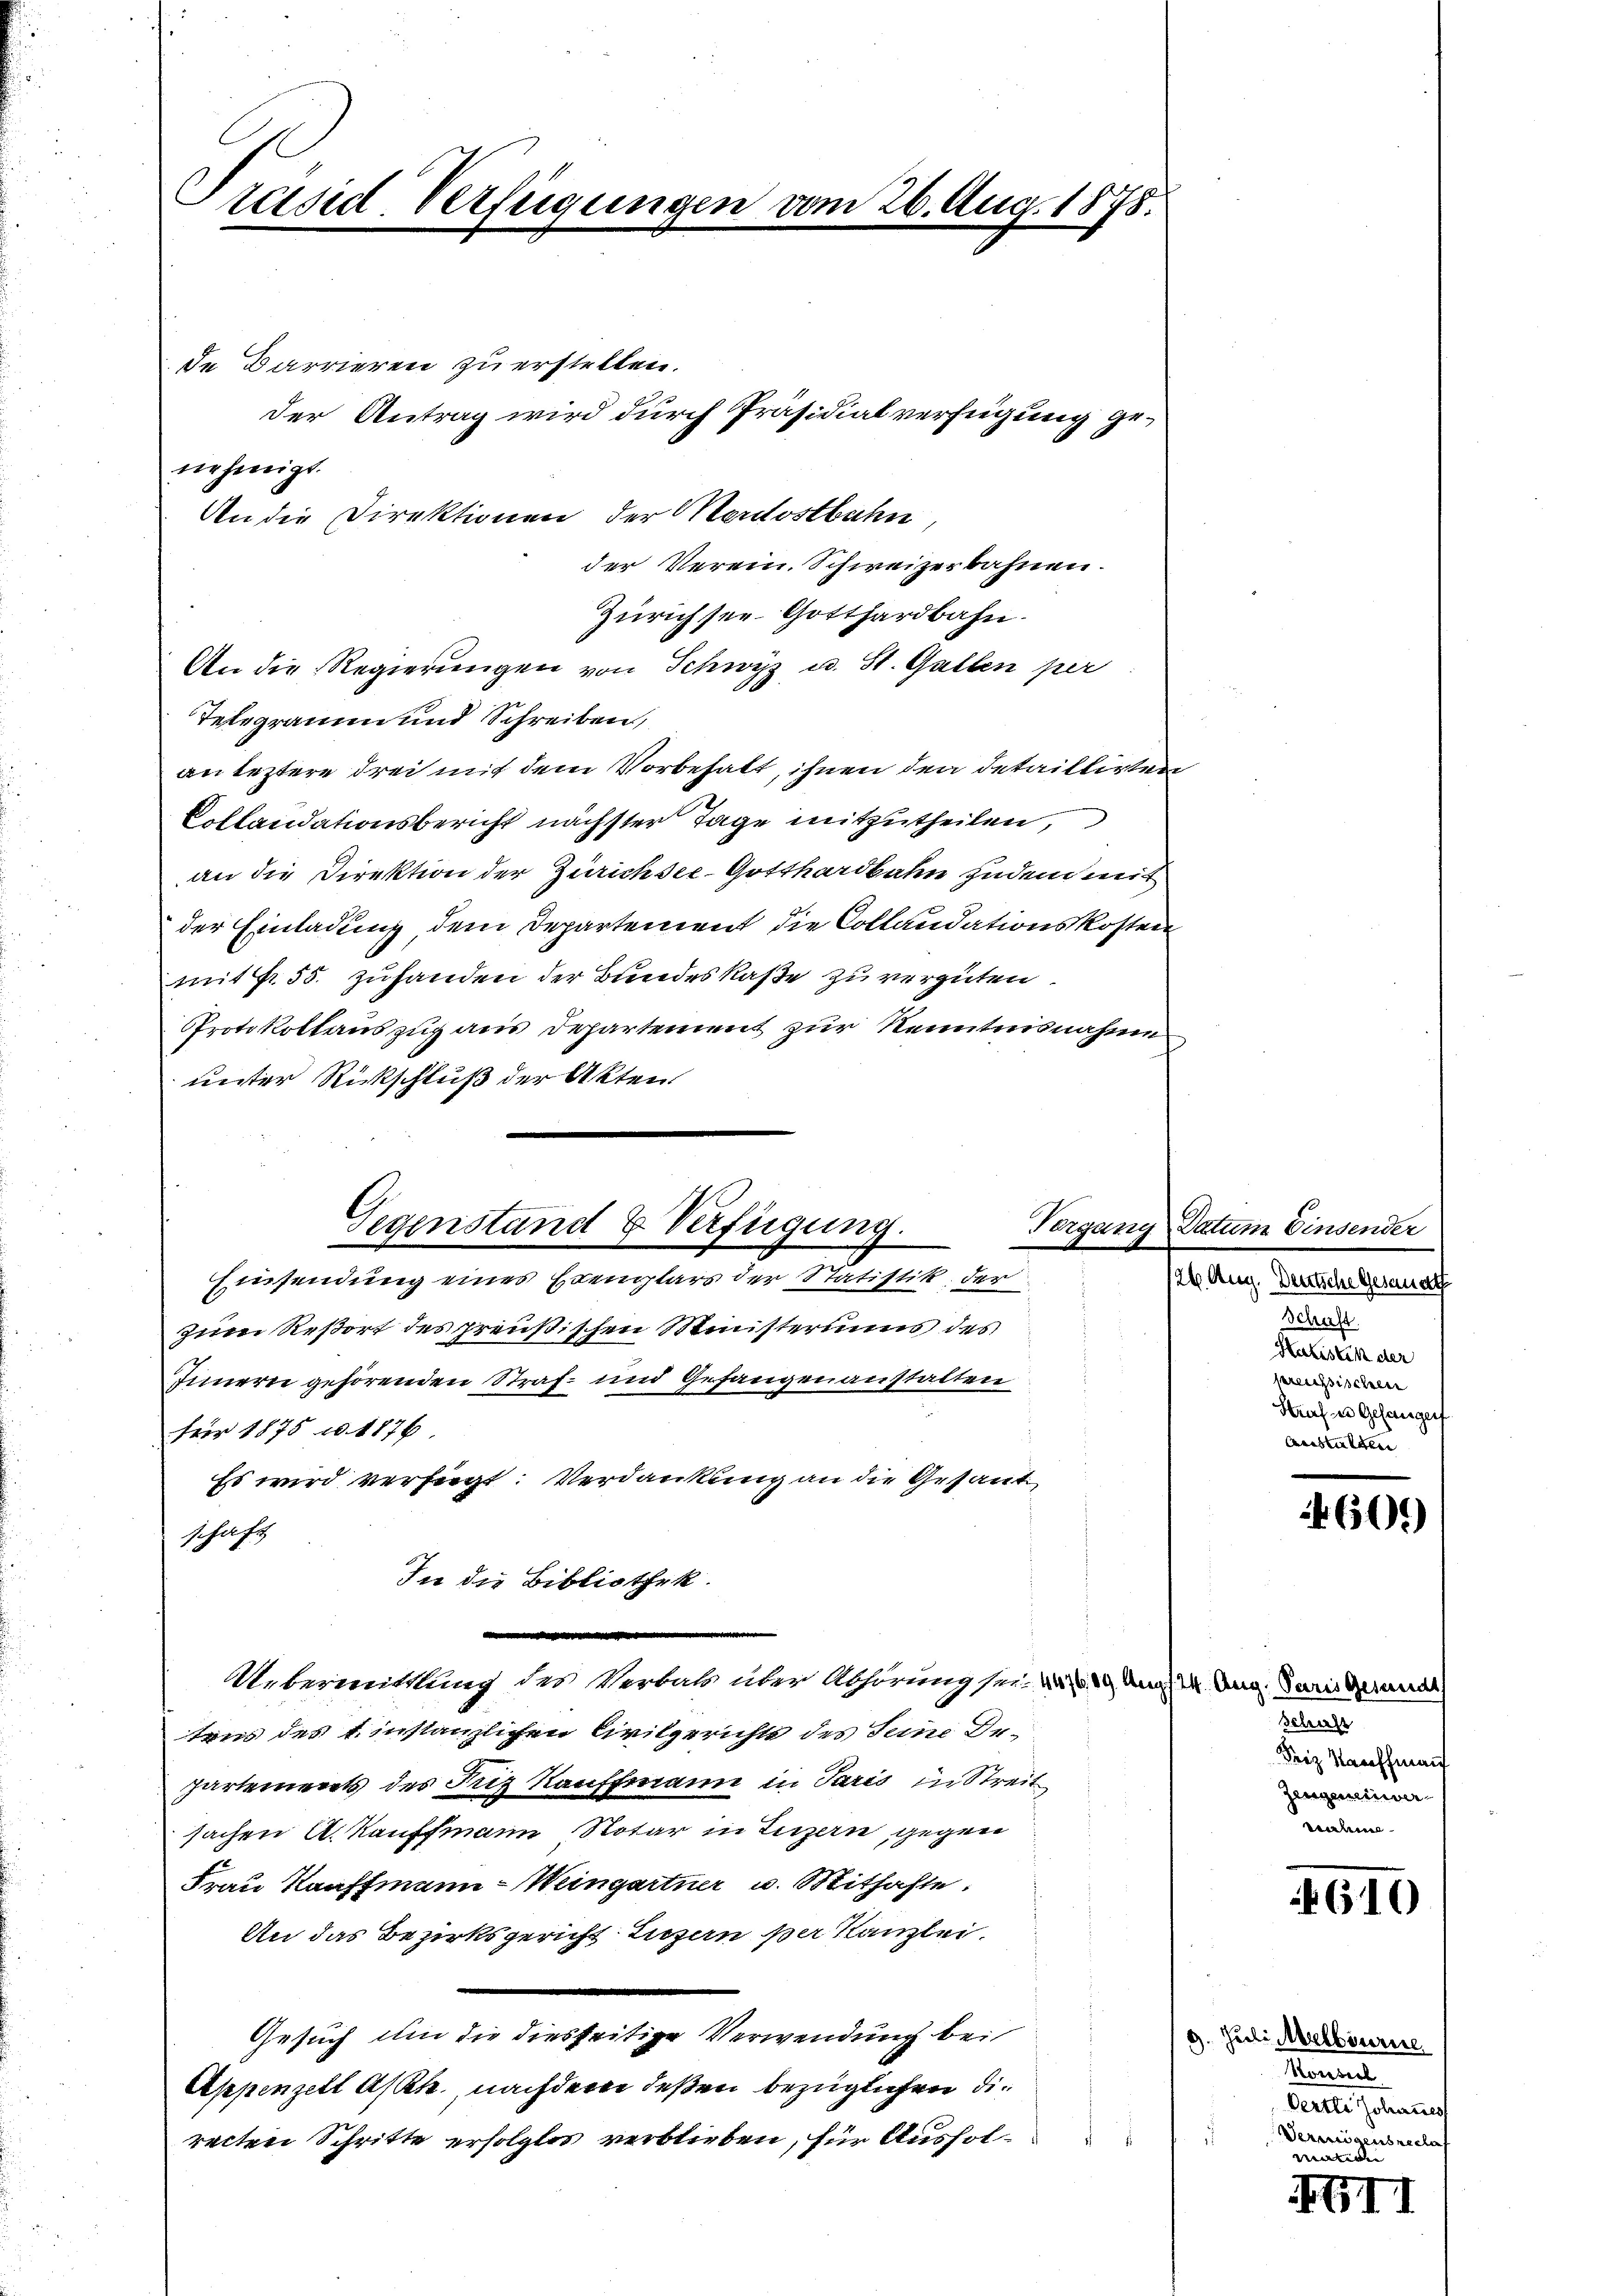
Präsid Verfügungen vom 26. Aug. 1878.

nehmigt.

de Darrieren zu erstellen.
der Antrag wird durch Präsidialverfügung ge¬
An die Direktionen der Mordostbahn,
der Verein. Schweizerbahnen.
Zürichsee Gotthardbahn.
An die Regierungen von Schwyz u. St. Gallen per
Telegramm und Schreiben,
an leztere drei mit dem Vorbehalt, ihnen den detaillirten
Collaudationsbericht nächster Tage mitzutheilen,
an die Direktion der Zürichsee-Gotthardbahn zudem mit
der Einladung, dem Departement die Collandationskosten
mit Nr. 55. zufanden der Bundeskaße zu vergüten.
Protokollauszug aus Departement zur Nenntnisnahme
unter Rückschluß der Akten.
zum Resort des preußischen Ministeriums des
Innern gehörenden Straf- und Gefangenanstalten
für 1875 u. 1876
Es wird verfügt: Verdankung an die Gesant
schaft
In die Bibliothek.
g
Uebermittlung des Verbals über Abhörung sei. N. 119 Aug. 24. Aug. Paris Gesandt
tens des einstanzlichen Civilgerichts des Seine Departements des Friz Kauffmann in Paris in Streit
sachen A. Kauffmann Notar in Luzern, gegen
Frau Kauffmann - Weingartner u. Mithafte
An das Bezirksgericht Luzern per Kanzlei.
Gesuch ihm die diesseitige Verwendung bei
Appenzell Assek, nachdem deßen bezüglichen die
d
recten Schritte erfolglos verblieben, für Ausfol¬

Gegenstand & Verfügung.
Einsendung eines Exemplars der Statistik der

Tergang Datum Einsender
setten Feuerungsrat
Schaft
Halistik der
sreichsischen
Straf es Gesangen
Anstalten

60.)

Schaft
Friz Kauffmann
Zeugenier
beam

610

9. Juli Melbourire
Ramel
Oertli Johannes
Vermögensrechaf

mation
XIII